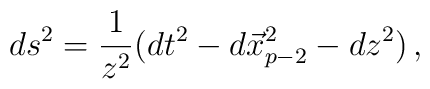
ds^2 = \frac{1}{z^2} (dt^2 - d\vec{x}_{p-2}^2 - dz^2)\, ,